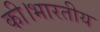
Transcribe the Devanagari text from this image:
की।भारतीय